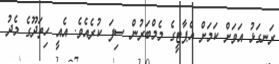
ރަނގަޅު އަވަށް ކަމަށް އެޕާޓީގެ މެމްބަރުން ސިފަ ކުރެއެވެ. އެއީ ހިތަދޫގެ މެދު